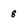
Character: 8